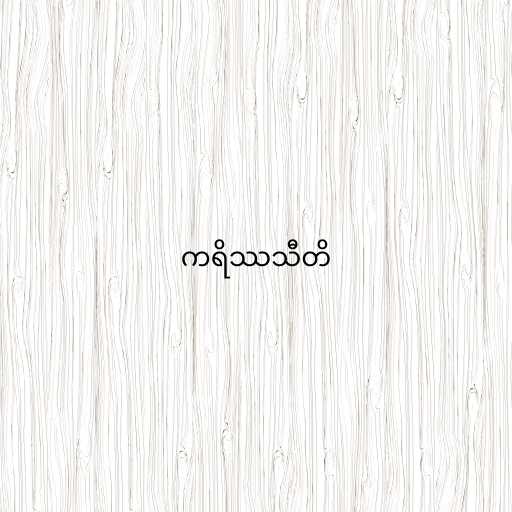
ကရိဿသီတိ